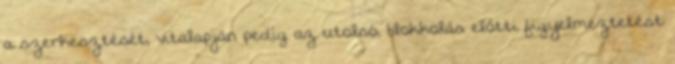
a szerkesztését, vitalapján pedig az utolsó, blokkolás előtti figyelmeztetést